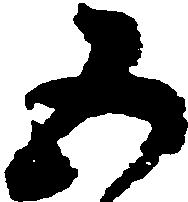
五